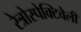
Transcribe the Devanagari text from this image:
रेत्रोस्पेक्टिवेली